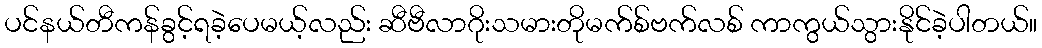
ပင်နယ်တီကန်ခွင့်ရခဲ့ပေမယ့်လည်း ဆီဗီလာဂိုးသမားတိုမက်စ်ဗက်လစ် ကာကွယ်သွားနိုင်ခဲ့ပါတယ်။